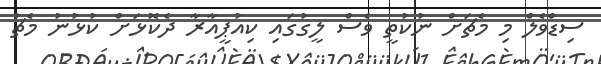
ސިޑްވެލް މި މެޗަށް ނުކުތީ ވެސް ލީގުގައި ކިއުޕީއާރާ ދެކޮޅަށް ކުޅުނު މެޗު